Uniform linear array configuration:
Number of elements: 12
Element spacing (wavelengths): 1
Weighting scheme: binomial
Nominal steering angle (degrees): -15
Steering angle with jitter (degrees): -13.772
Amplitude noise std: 0.05
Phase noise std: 0.05

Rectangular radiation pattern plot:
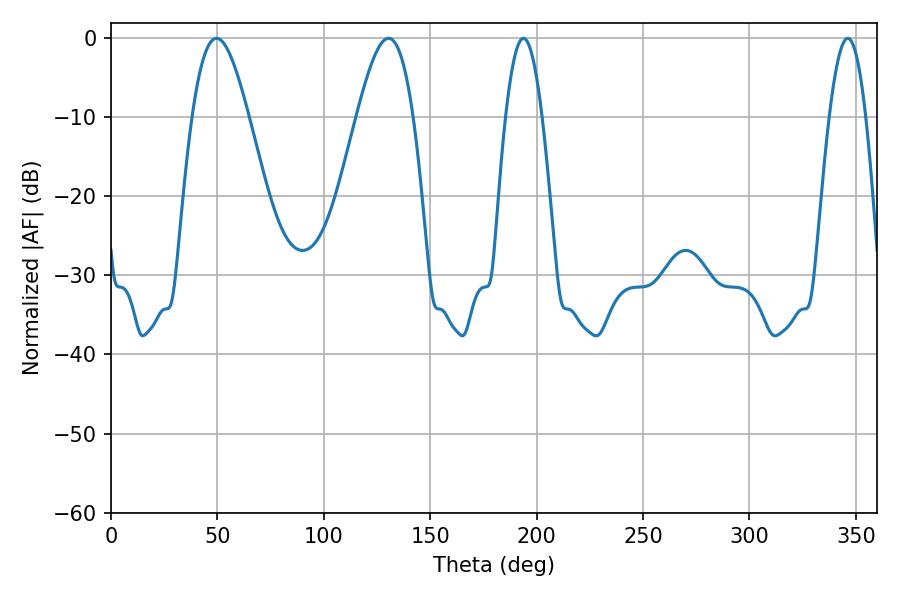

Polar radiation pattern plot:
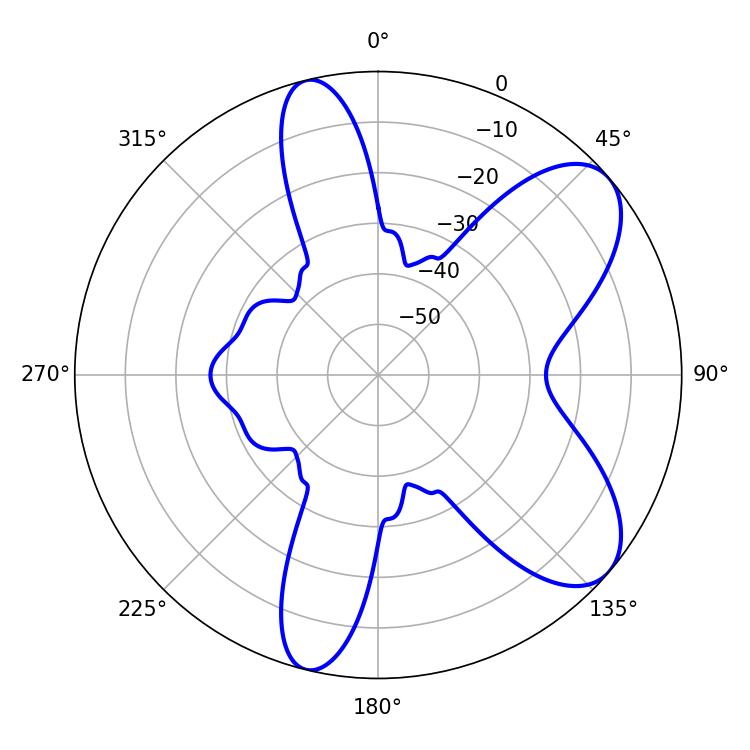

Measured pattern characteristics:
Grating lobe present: TRUE
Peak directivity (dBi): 7.763
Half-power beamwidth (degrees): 9.36
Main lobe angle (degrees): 346.14